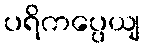
ပရိကပ္ပေယျ